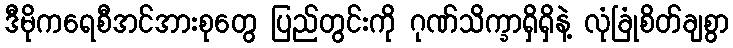
ဒီမိုကရေစီအင်အားစုတွေ ပြည်တွင်းကို ဂုဏ်သိက္ခာရှိရှိနဲ့ လုံခြုံစိတ်ချစွာ